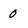
Character: 0